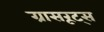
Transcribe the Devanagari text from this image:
ग्रासरूट्स